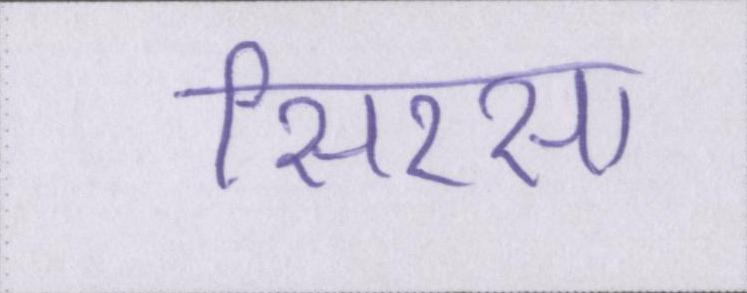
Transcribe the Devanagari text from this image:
सिरसा